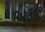
અફાટ